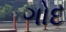
ગોદ